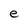
Character: e